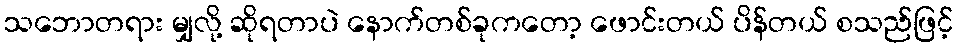
သဘောတရား မျှလို့ ဆိုရတာပဲ နောက်တစ်ခုကတော့ ဖောင်းတယ် ပိန်တယ် စသည်ဖြင့်